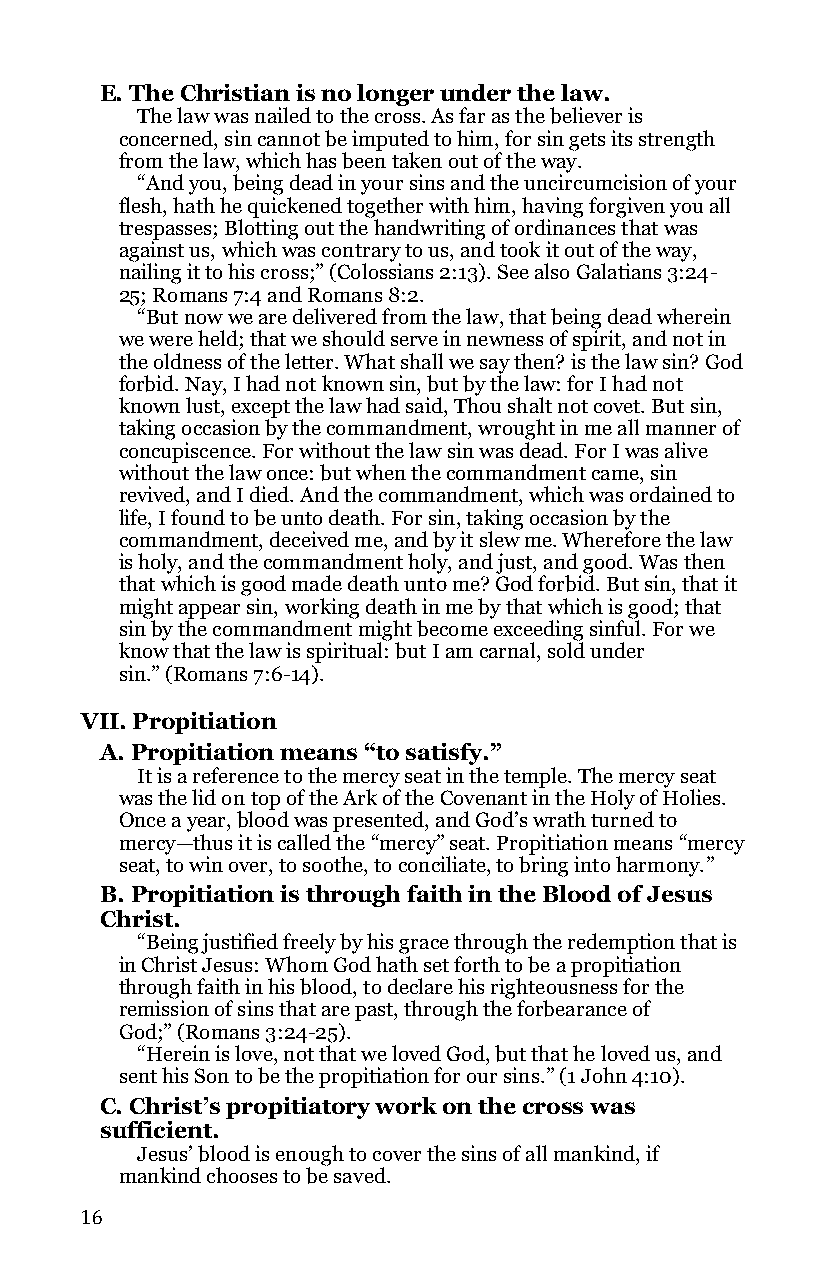
E. The Christian is no longer under the law.
 The law was nailed to the cross. As far as the believer is
 concerned, sin cannot be imputed to him, for sin gets its strength
 from the law, which has been taken out of the way.
 “And you, being dead in your sins and the uncircumcision of your
 flesh, hath he quickened together with him, having forgiven you all
 trespasses; Blotting out the handwriting of ordinances that was
 against us, which was contrary to us, and took it out of the way,
 nailing it to his cross;” (Colossians 2:13). See also Galatians 3:24-
 25; Romans 7:4 and Romans 8:2.
 “But now we are delivered from the law, that being dead wherein
 we were held; that we should serve in newness of spirit, and not in
 the oldness of the letter. What shall we say then? is the law sin? God
 forbid. Nay, I had not known sin, but by the law: for I had not
 known lust, except the law had said, Thou shalt not covet. But sin,
 taking occasion by the commandment, wrought in me all manner of
 concupiscence. For without the law sin was dead. For I was alive
 without the law once: but when the commandment came, sin
 revived, and I died. And the commandment, which was ordained to
 life, I found to be unto death. For sin, taking occasion by the
 commandment, deceived me, and by it slew me. Wherefore the law
 is holy, and the commandment holy, and just, and good. Was then
 that which is good made death unto me? God forbid. But sin, that it
 might appear sin, working death in me by that which is good; that
 sin by the commandment might become exceeding sinful. For we
 know that the law is spiritual: but I am carnal, sold under
 sin.” (Romans 7:6-14).
 VII. Propitiation
 A. Propitiation means “to satisfy.”
 It is a reference to the mercy seat in the temple. The mercy seat
 was the lid on top of the Ark of the Covenant in the Holy of Holies.
 Once a year, blood was presented, and God’s wrath turned to
 mercy—thus it is called the “mercy” seat. Propitiation means “mercy
 seat, to win over, to soothe, to conciliate, to bring into harmony.”
 B. Propitiation is through faith in the Blood of Jesus
 Christ.
 “Being justified freely by his grace through the redemption that is
 in Christ Jesus: Whom God hath set forth to be a propitiation
 through faith in his blood, to declare his righteousness for the
 remission of sins that are past, through the forbearance of
 God;” (Romans 3:24-25).
 “Herein is love, not that we loved God, but that he loved us, and
 sent his Son to be the propitiation for our sins.” (1 John 4:10).
 C. Christ’s propitiatory work on the cross was
 sufficient.
 Jesus’ blood is enough to cover the sins of all mankind, if
 mankind chooses to be saved.
 16